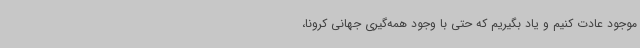
موجود عادت کنیم و یاد بگیریم که حتی با وجود همه‌گیری جهانی کرونا،